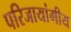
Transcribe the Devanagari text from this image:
परिजायांगीय